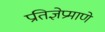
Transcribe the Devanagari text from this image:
प्रतिज्ञेप्रमाणे